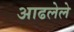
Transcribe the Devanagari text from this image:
आढलेले